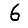
Digit: 6